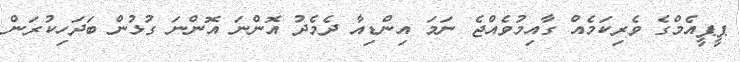
ޕީޕީއެމްގެ ވެރިކަމެއް ގާއިމުވެއްޖެ ނަމަ އިންޑިއާ ދެމެދު އޮންނަ އޮންނަ ގުޅުން ބަދަހިކުރަން